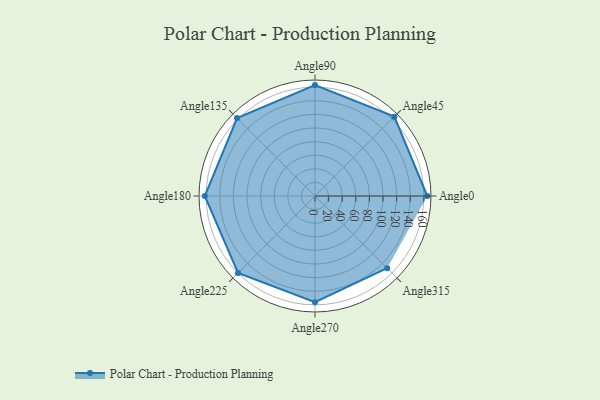
{"axis": {"x": "Angle", "y": "Radius"}, "legend": [""], "data": [{"x": "Angle0", "y": 165.0, "type": ""}, {"x": "Angle45", "y": 165.0, "type": ""}, {"x": "Angle90", "y": 163.0, "type": ""}, {"x": "Angle135", "y": 162.0, "type": ""}, {"x": "Angle180", "y": 162.0, "type": ""}, {"x": "Angle225", "y": 160.0, "type": ""}, {"x": "Angle270", "y": 156.0, "type": ""}, {"x": "Angle315", "y": 150.0, "type": ""}]}